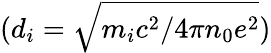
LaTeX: (d_{i}=\sqrt{m_{i}c^{2}/4\pi n_{0}e^{2}})